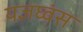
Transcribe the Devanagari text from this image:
यज्ञघ्वंस